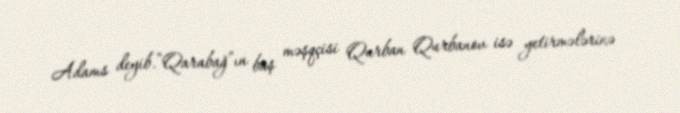
Adams deyib.“Qarabağ”ın baş məşqçisi Qurban Qurbanov isə yetirmələrinə